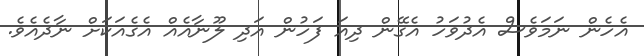
އެހެން ނަމަވެސް އެދުވަހު އެގޭން ދިއަ ފަހުން އަދި ލޫނާއެއް އެގެއަކަށް ނާދެއެވެ.